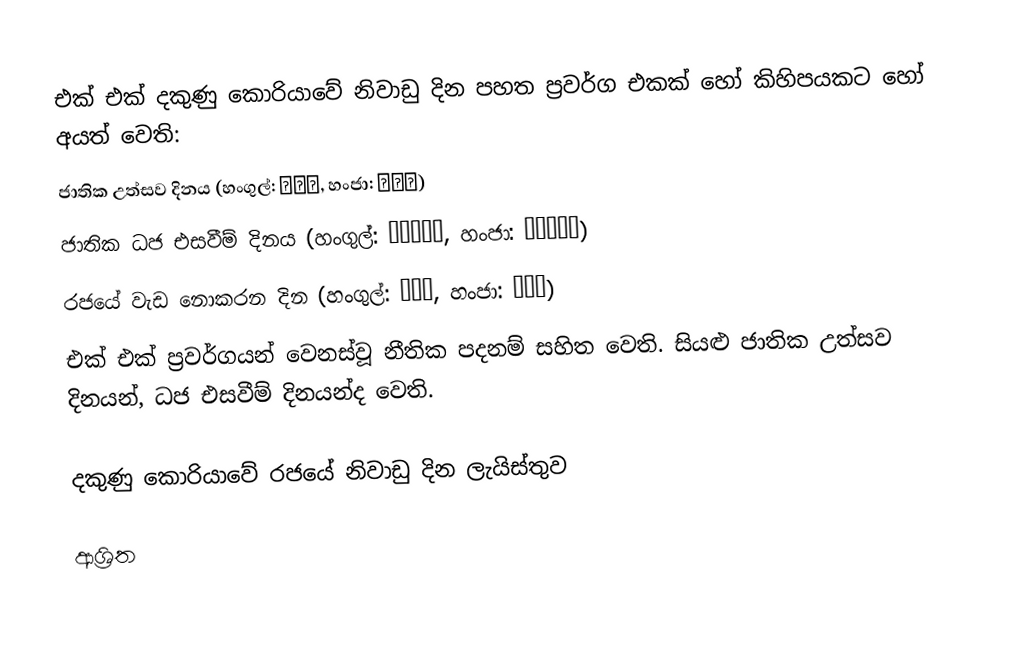
එක් එක් දකුණු කොරියාවේ නිවාඩු දින  පහත ප්‍රවර්ග එකක් හෝ කිහිපයකට හෝ අයත් වෙති:
ජාතික උත්සව දිනය (හංගුල්: 국경일, හංජා: 國慶日)
ජාතික ධජ එසවීම් දිනය (හංගුල්: 국기게양일, හංජා: 國旗揭揚日)
රජයේ වැඩ නොකරන දින (හංගුල්: 공휴일, හංජා: 公休日)
එක් එක් ප්‍රවර්ගයන් වෙනස්වූ නීතික පදනම් සහිත වෙති. සියළු ජාතික උත්සව දිනයන්, ධජ එසවීම් දිනයන්ද වෙති.

දකුණු කොරියාවේ රජයේ නිවාඩු දින ලැයිස්තුව

ආශ්‍රිත